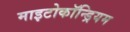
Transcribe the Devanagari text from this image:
माइटोकॉन्ड्रियम